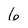
Character: 6